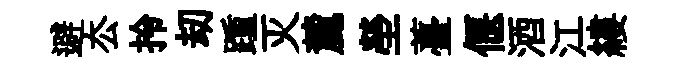
避厺拎刧踵灭麓塋薹偃酒江縷